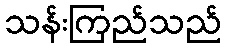
သန်းကြည်သည်